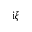
\mathrm i \xi